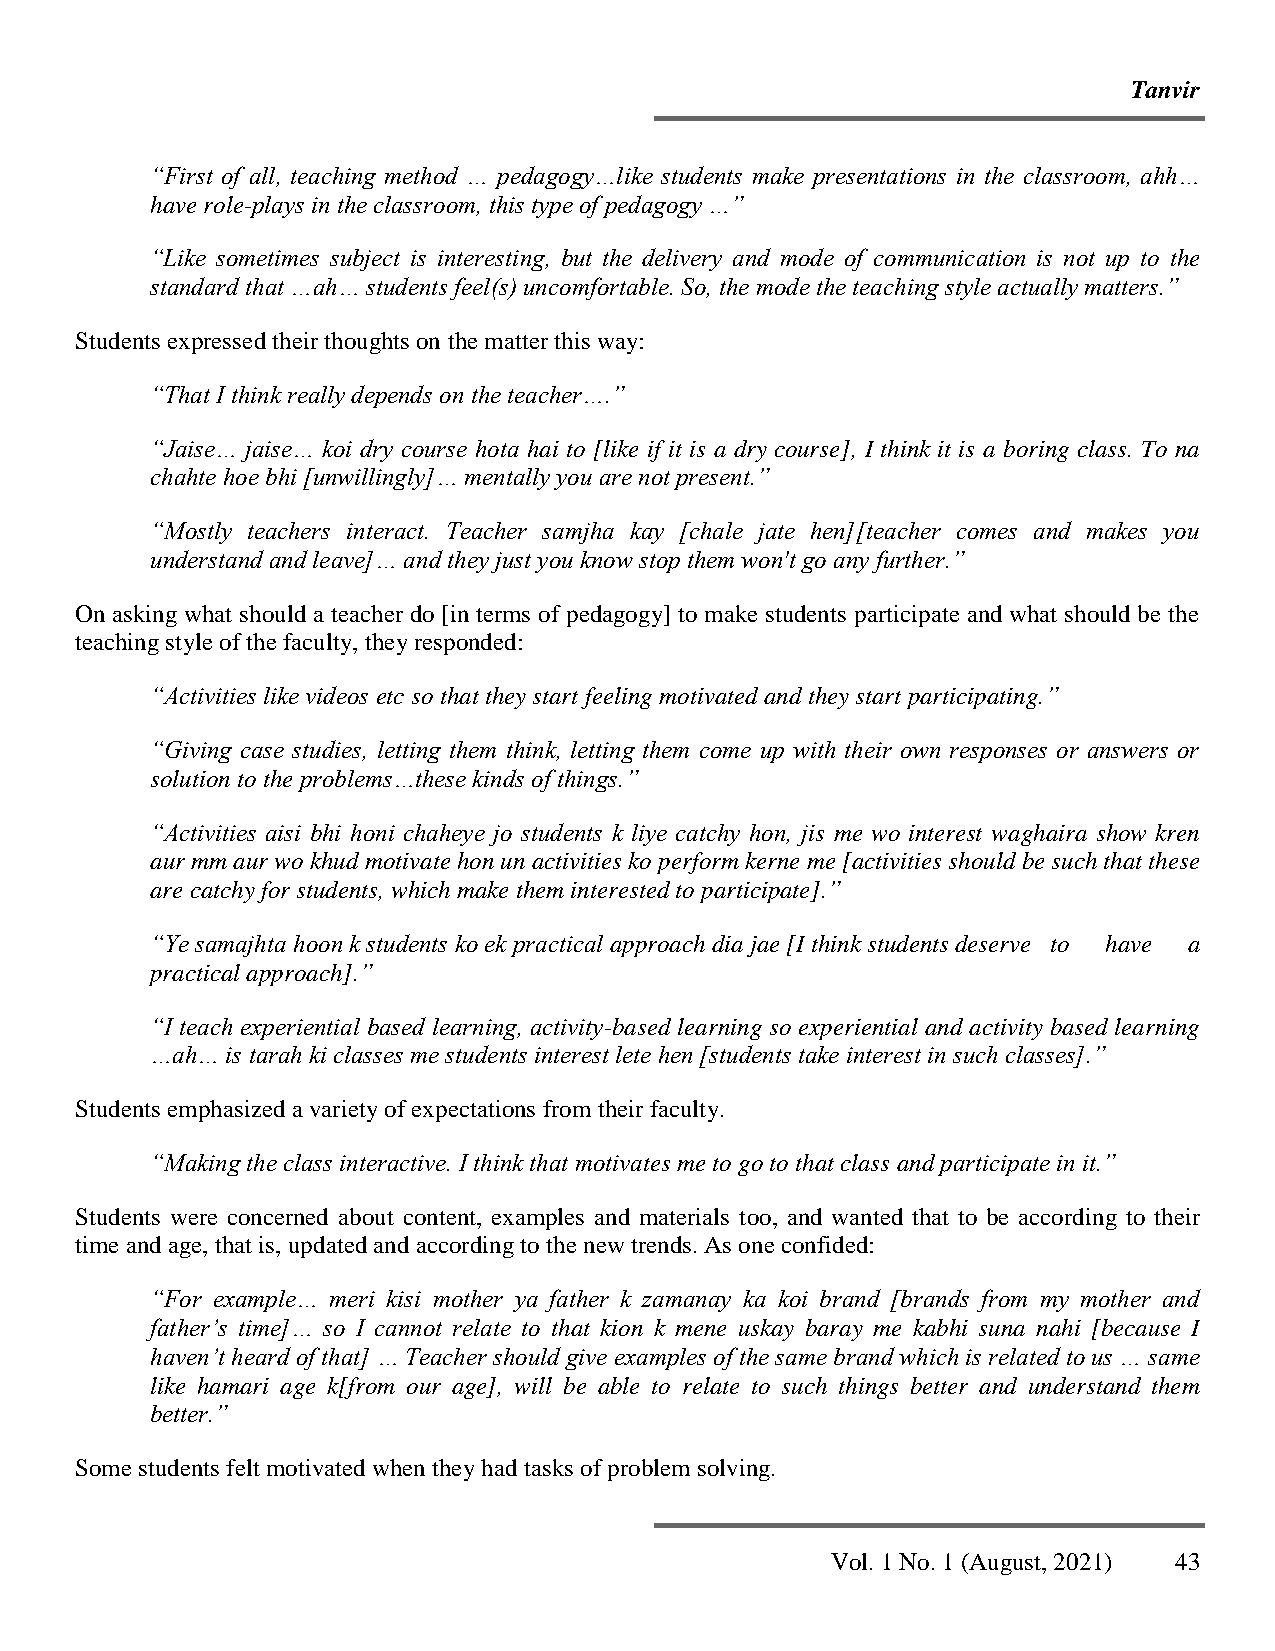
Tanvir
 “First of all, teaching method … pedagogy…like students make presentations in the classroom, ahh…
 have role-plays in the classroom, this type of pedagogy …”
 “Like sometimes subject is interesting, but the delivery and mode of communication is not up to the
 standard that …ah… students feel(s) uncomfortable. So, the mode the teaching style actually matters.”
 Students expressed their thoughts on the matter this way:
 “That I think really depends on the teacher….”
 “Jaise… jaise… koi dry course hota hai to [like if it is a dry course], I think it is a boring class. To na
 chahte hoe bhi [unwillingly]… mentally you are not present.”
 “Mostly teachers interact. Teacher samjha kay [chale jate hen][teacher comes and makes you
 understand and leave]… and they just you know stop them won't go any further.”
 On asking what should a teacher do [in terms of pedagogy] to make students participate and what should be the
 teaching style of the faculty, they responded:
 “Activities like videos etc so that they start feeling motivated and they start participating.”
 “Giving case studies, letting them think, letting them come up with their own responses or answers or
 solution to the problems…these kinds of things.”
 “Activities aisi bhi honi chaheye jo students k liye catchy hon, jis me wo interest waghaira show kren
 aur mm aur wo khud motivate hon un activities ko perform kerne me [activities should be such that these
 are catchy for students, which make them interested to participate].”
 “Ye samajhta hoon k students ko ek practical approach dia jae [I think students deserve to have a
 practical approach].”
 “I teach experiential based learning, activity-based learning so experiential and activity based learning
 …ah… is tarah ki classes me students interest lete hen [students take interest in such classes].”
 Students emphasized a variety of expectations from their faculty.
 “Making the class interactive. I think that motivates me to go to that class and participate in it.”
 Students were concerned about content, examples and materials too, and wanted that to be according to their
 time and age, that is, updated and according to the new trends. As one confided:
 “For example… meri kisi mother ya father k zamanay ka koi brand [brands from my mother and
 father’s time]… so I cannot relate to that kion k mene uskay baray me kabhi suna nahi [because I
 haven’t heard of that] … Teacher should give examples of the same brand which is related to us … same
 like hamari age k[from our age], will be able to relate to such things better and understand them
 better.”
 Some students felt motivated when they had tasks of problem solving.
 Vol. 1 No. 1 (August, 2021) 43